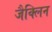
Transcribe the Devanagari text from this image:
जैक्लिन